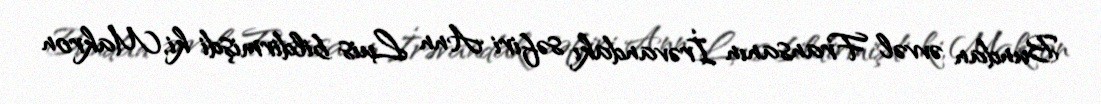
Bundan əvvəl Fransanın İrəvandakı səfiri Ann Luis bildirmişdi ki, Makron